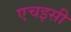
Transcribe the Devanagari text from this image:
एचइसी